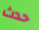
حدث